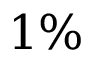
1 \%